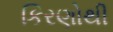
કિરણોથી